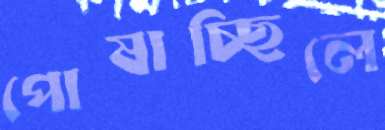
পোষাচ্ছিলে